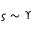
\varsigma \sim \Upsilon